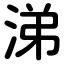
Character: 涕